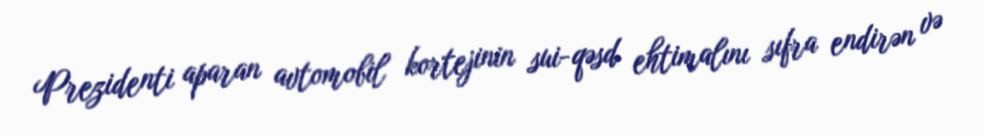
Prezidenti aparan avtomobil kortejinin sui-qəsd ehtimalını sıfra endirən və